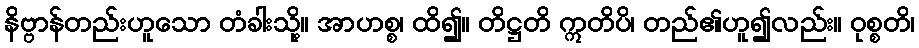
နိဗ္ဗာန်တည်းဟူသော တံခါးသို့။ အာဟစ္စ၊ ထိ၍။ တိဋ္ဌတိ ဣတိပိ၊ တည်၏ဟူ၍လည်း။ ဝုစ္စတိ၊